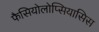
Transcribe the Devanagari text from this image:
फैसियोलोप्सियासिस